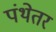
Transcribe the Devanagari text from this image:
पंथेतर